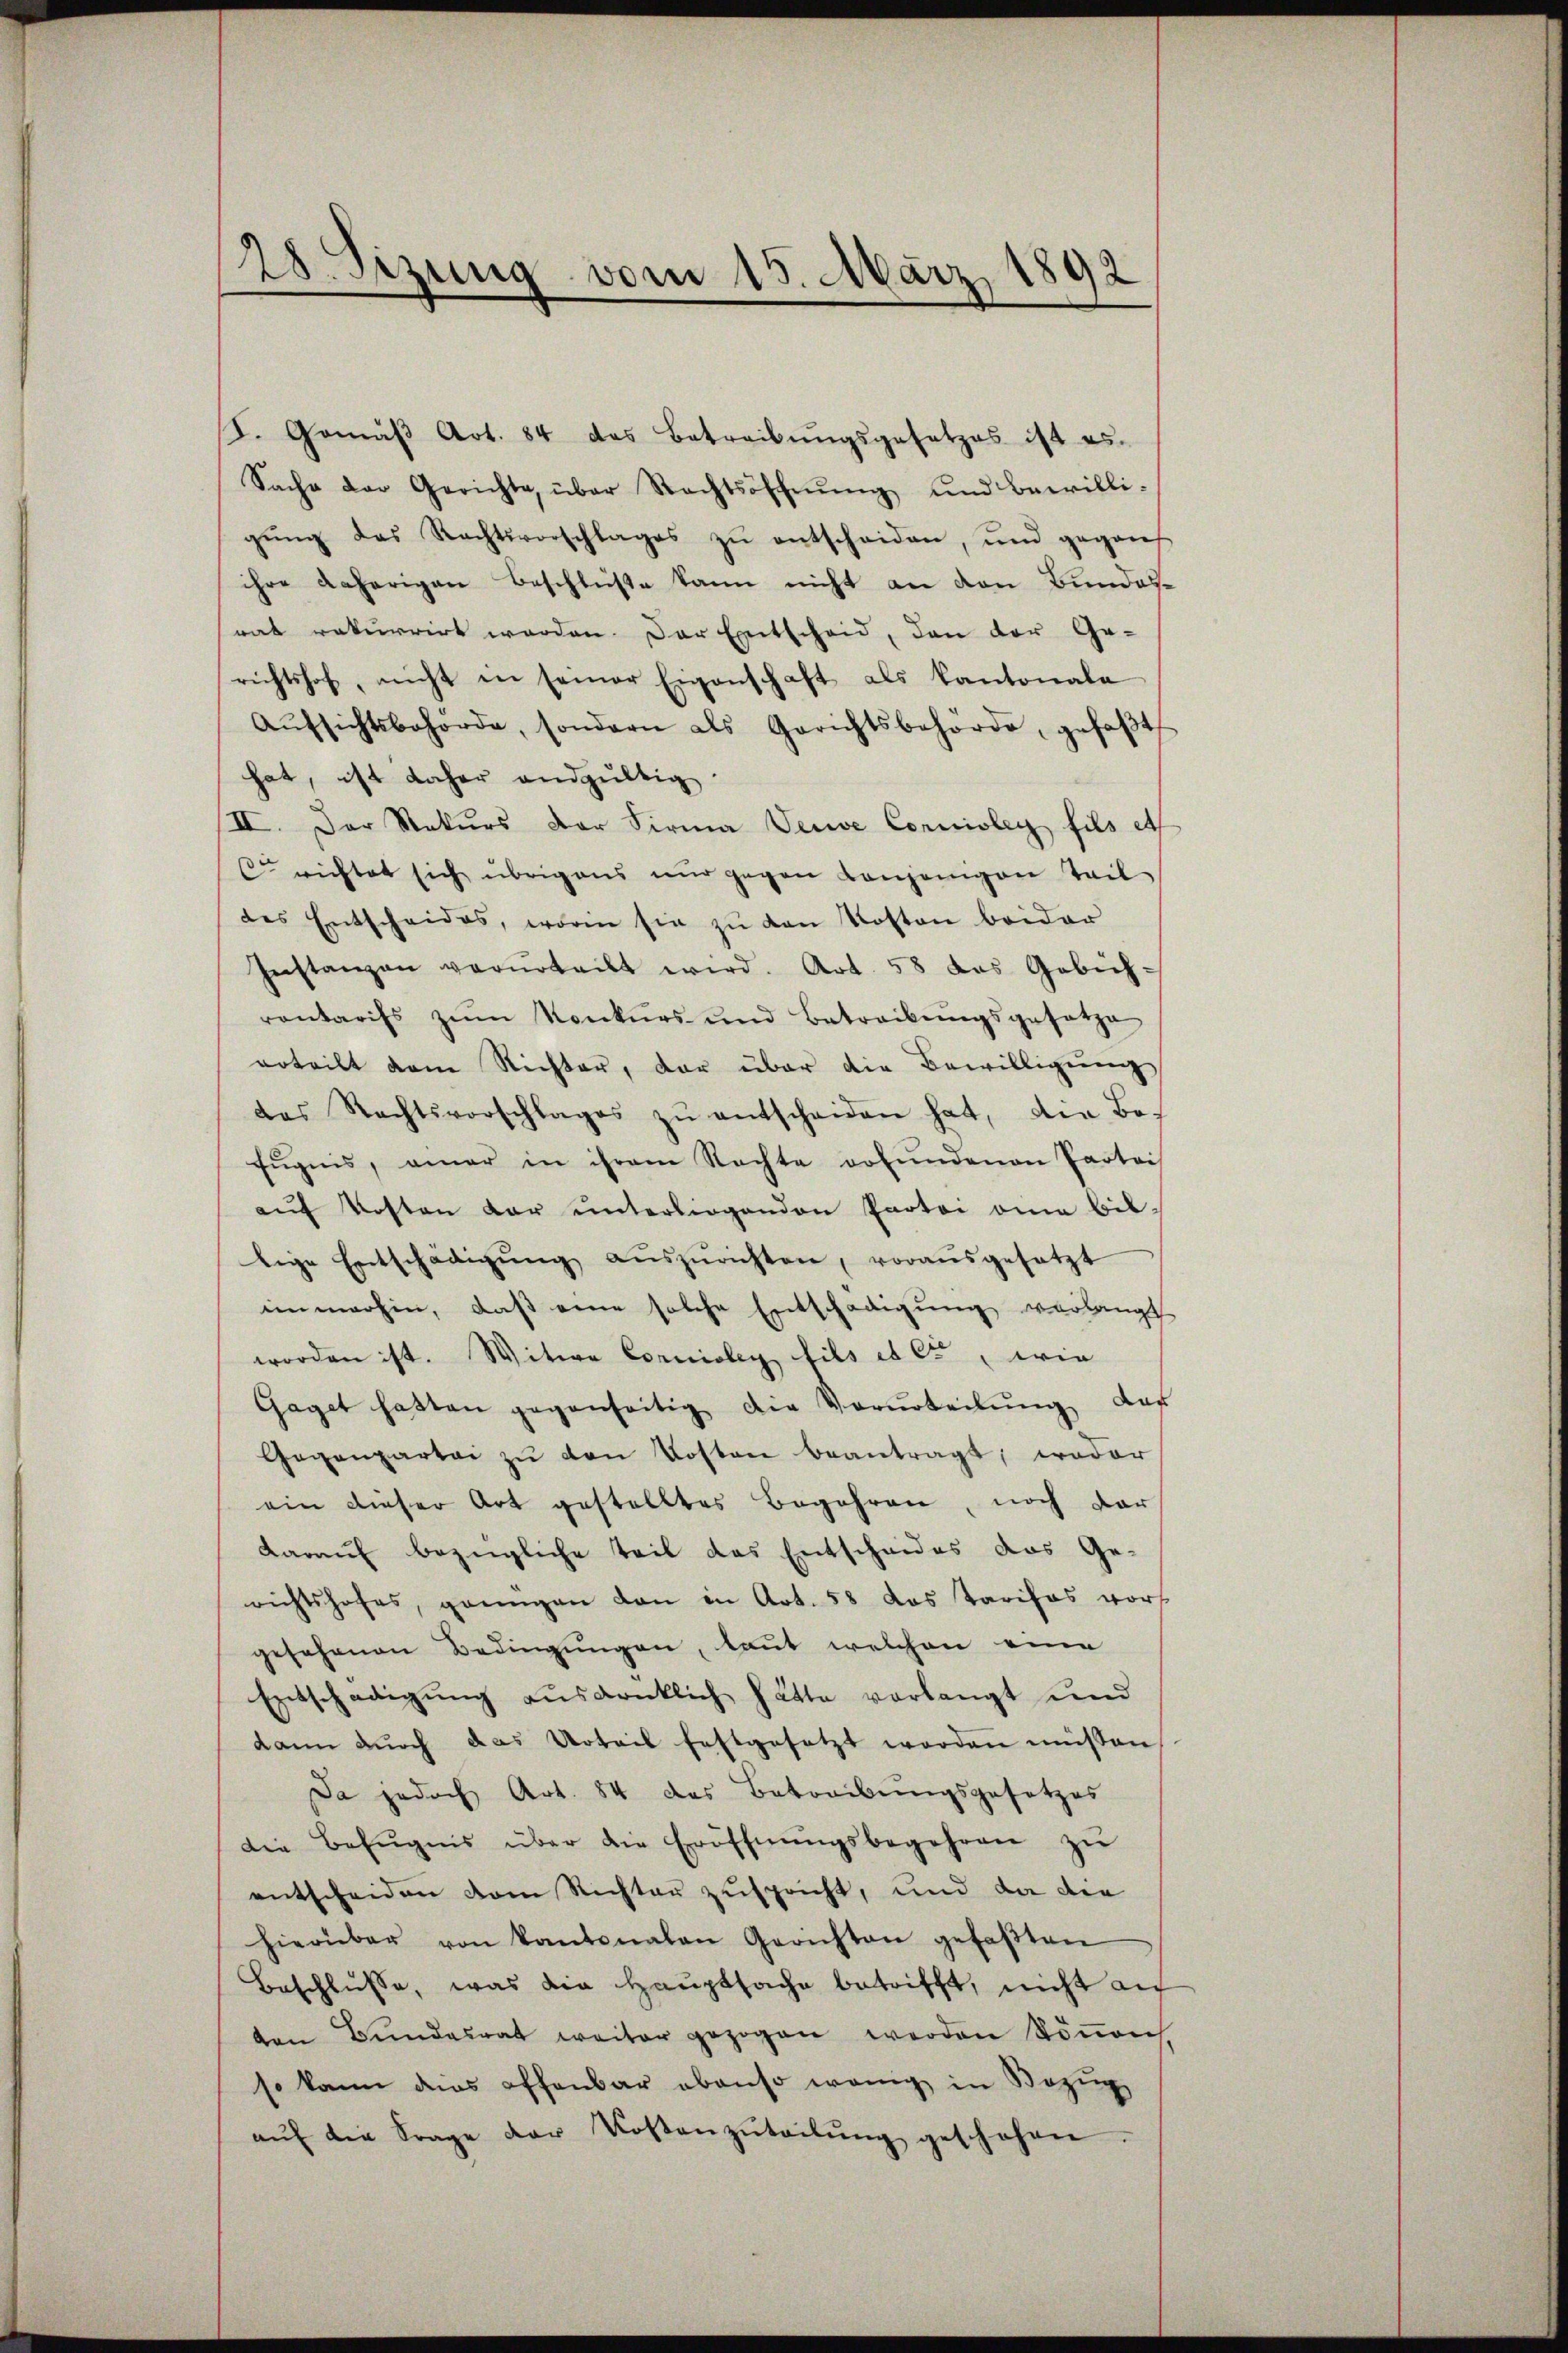
8
28. Sizung vom 15. März 1892

F. Gemäβ Art. 84 das Betreibŭngsgesetzes ist es.
Sache der Gerichte, über Rechtsoffnŭng und bewilli-
gŭng des Rechtsvorschlages zŭ entscheiden, und geganf
ihre daherigen Beschlüße kann nicht an den Bundes-
rat rekurrirt werden. Der Entscheid, den der Ge-
richtshof, nicht in seiner Eigenschaft als Kantonale
Aŭfsichtsbehörde, sondern als Gerichtsbehörde, gefaβt
hat, ist daher andgültig.
II. Der Rekurs der Firma Veuve Concioley fils et
C. richtet sich übrigens nŭr gegen denjenigen Teil
des Entscheides, worin sie zŭ den Kosten beider
Instanzen verurteilt wird. Art. 58 das Gebieh-
rontarifs zŭm Konkŭrs und Betreibŭngsgesetze
erteilt dem Richter, der über die Bewilligŭng
das Rechtsvorschlages zŭ entscheiden hat, die Be-
Eŭgnis, amer in ihrem Nachte vofŭndenen Partei
aŭf Kosten dar unterliegenden Partei ana billige Entschädigŭng aŭszŭrichten, vorausgesetzt
immerhin, daβ eine solche Entschädigŭng verlangt
worden ist. Witwe Corniolen fils et ce, wie
Gaget hatten gegenseitig die Vorurteilŭng das
Gegenpartei zŭ den Kosten beantragt, weder
ein dieser Art gestelltes Begehren, noch dar
Darauf bezügliche Teil das Entscheides das Gerichtshofes, grenzen dan in Art. 58 das Tarifas vors
gesehenen Bedingungen, laut welchen eine
Entschädigung ausdenklich hätte vorlangt und
dann dŭrch das Urteil festgesetzt worden müssen,
Da jedoch Art. 84 das Betreibungsgesetzes
Die Befugnis über die Eröffnŭngsbegehren zŭ
entscheiden vom Richter zuspricht, und da die
hierüber von kantonalen Gerichten gefaβten
Beschlŭsse, was die Hauptsache betrifft, nicht au
ten Bundesrat weiter gezogen werden Sonach
so kann dies offenbar ebenso wenig in Bezŭg
aŭf die Frage der Kostenzŭtretŭng geschehen.